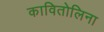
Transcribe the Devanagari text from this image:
कावितोलिना